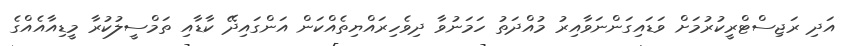
އަދި ރަޖިސްޓްރީކުރުމަށް ވަޑައިގަންނަވާއިރު މުއްދަތު ހަމަނުވާ ދިވެހިރައްޔިތެއްކަން އަންގައިދޭ ކާޑާއި ތަމްސީލުކުރާ މީޑިއާއެއްގެ